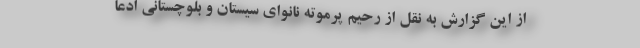
از این گزارش به نقل از رحیم پرموته نانوای سیستان و بلوچستانی ادعا